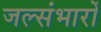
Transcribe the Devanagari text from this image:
जल्संभारों